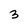
Character: 3